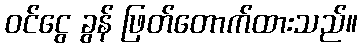
ဝင်ငွေ ခွန် ဖြတ်တောက်ထားသည်။